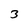
Character: 3